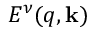
E ^ { \nu } ( q , \mathbf { k } )